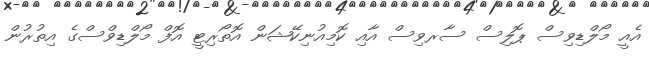
އެއީ މޯލްޑިވިސް ޕޮލިސް ސާރވިސް އާއި ކޮމިއުނިކޭޝަން އޮތޯރިޓީ އޮފް މޯލްޑިވްސްގެ އިތުރުން